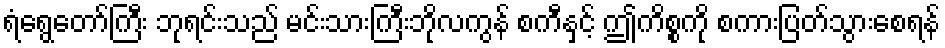
ရံရွေတော်ကြီး ဘုရင်းသည် မင်းသားကြီးဘိုလကွန် စကီနှင့် ဤကိစ္စကို စကားပြတ်သွားစေရန်